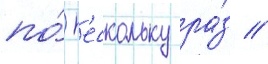
по́ н'ескольку ра́з //